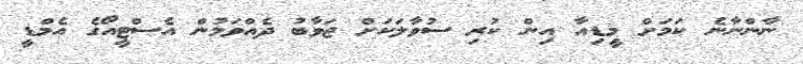
ނާންނާނެ ކަމަށް މީޑިއާ އިން ކުރި ސުވާލަކަށް ޖަވާބު ދެއްވަމުން އެސްޓީއޯގެ އެމްޑީ